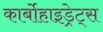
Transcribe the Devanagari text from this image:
कार्बोहाइड्रेट्‌स